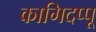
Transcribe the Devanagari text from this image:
कागिदप्पू